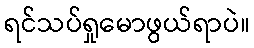
ရင်သပ်ရှုမောဖွယ်ရာပဲ။